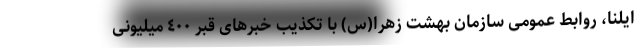
ایلنا، روابط عمومی سازمان بهشت زهرا(س) با تکذیب خبرهای قبر ٤٠٠ میلیونی